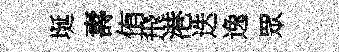
埏夀侑飛港迭逸眾